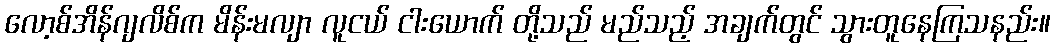
လော့စ်အိန်ဂျလိစ်က မိန်းမလျာ လူငယ် ငါးယောက် တို့သည် မည်သည့် အချက်တွင် သွားတူနေကြသနည်း။